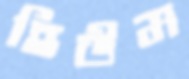
হিউম